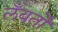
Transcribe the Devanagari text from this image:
लँबर्तो